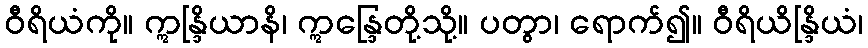
ဝီရိယံကို။ ဣန္ဒြိယာနိ၊ ဣန္ဒြေတို့သို့။ ပတွာ၊ ရောက်၍။ ဝီရိယိန္ဒြိယံ၊